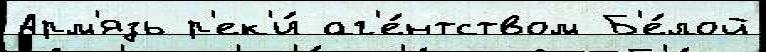
Арм'язь р'ек'и́ аг'е́нтством Б'е́лой